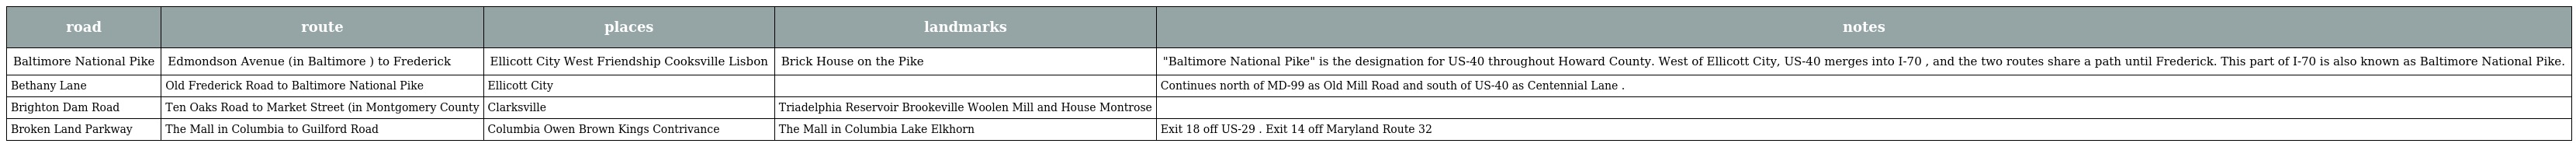
| road | route | places | landmarks | notes |
 | --- | --- | --- | --- | --- |
 | Baltimore National Pike | Edmondson Avenue (in Baltimore ) to Frederick | Ellicott City West Friendship Cooksville Lisbon | Brick House on the Pike | "Baltimore National Pike" is the designation for US-40 throughout Howard County. West of Ellicott City, US-40 merges into I-70 , and the two routes share a path until Frederick. This part of I-70 is also known as Baltimore National Pike. |
 | Bethany Lane | Old Frederick Road to Baltimore National Pike | Ellicott City |  | Continues north of MD-99 as Old Mill Road and south of US-40 as Centennial Lane . |
 | Brighton Dam Road | Ten Oaks Road to Market Street (in Montgomery County | Clarksville | Triadelphia Reservoir Brookeville Woolen Mill and House Montrose |  |
 | Broken Land Parkway | The Mall in Columbia to Guilford Road | Columbia Owen Brown Kings Contrivance | The Mall in Columbia Lake Elkhorn | Exit 18 off US-29 . Exit 14 off Maryland Route 32 |